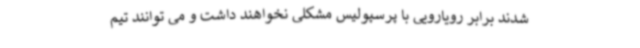
شدند برابر رویارویی با پرسپولیس مشکلی نخواهند داشت و می توانند تیم